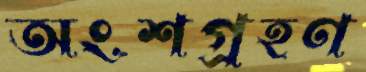
অংশগ্রহণ